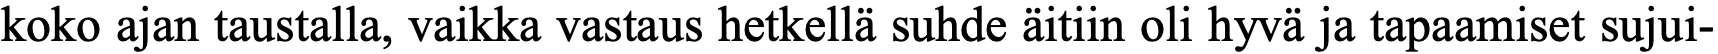
koko ajan taustalla, vaikka vastaus hetkellä suhde äitiin oli hyvä ja tapaamiset sujui-